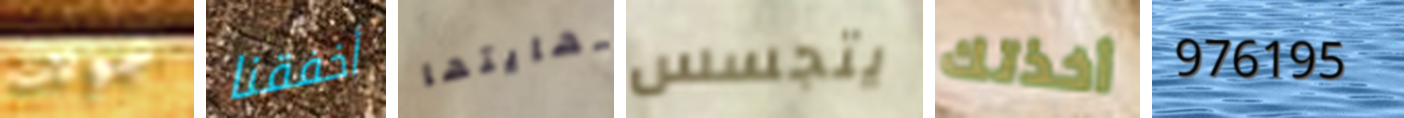
جولات أخفقنا نهايتها يتجسس أخذتك 976195